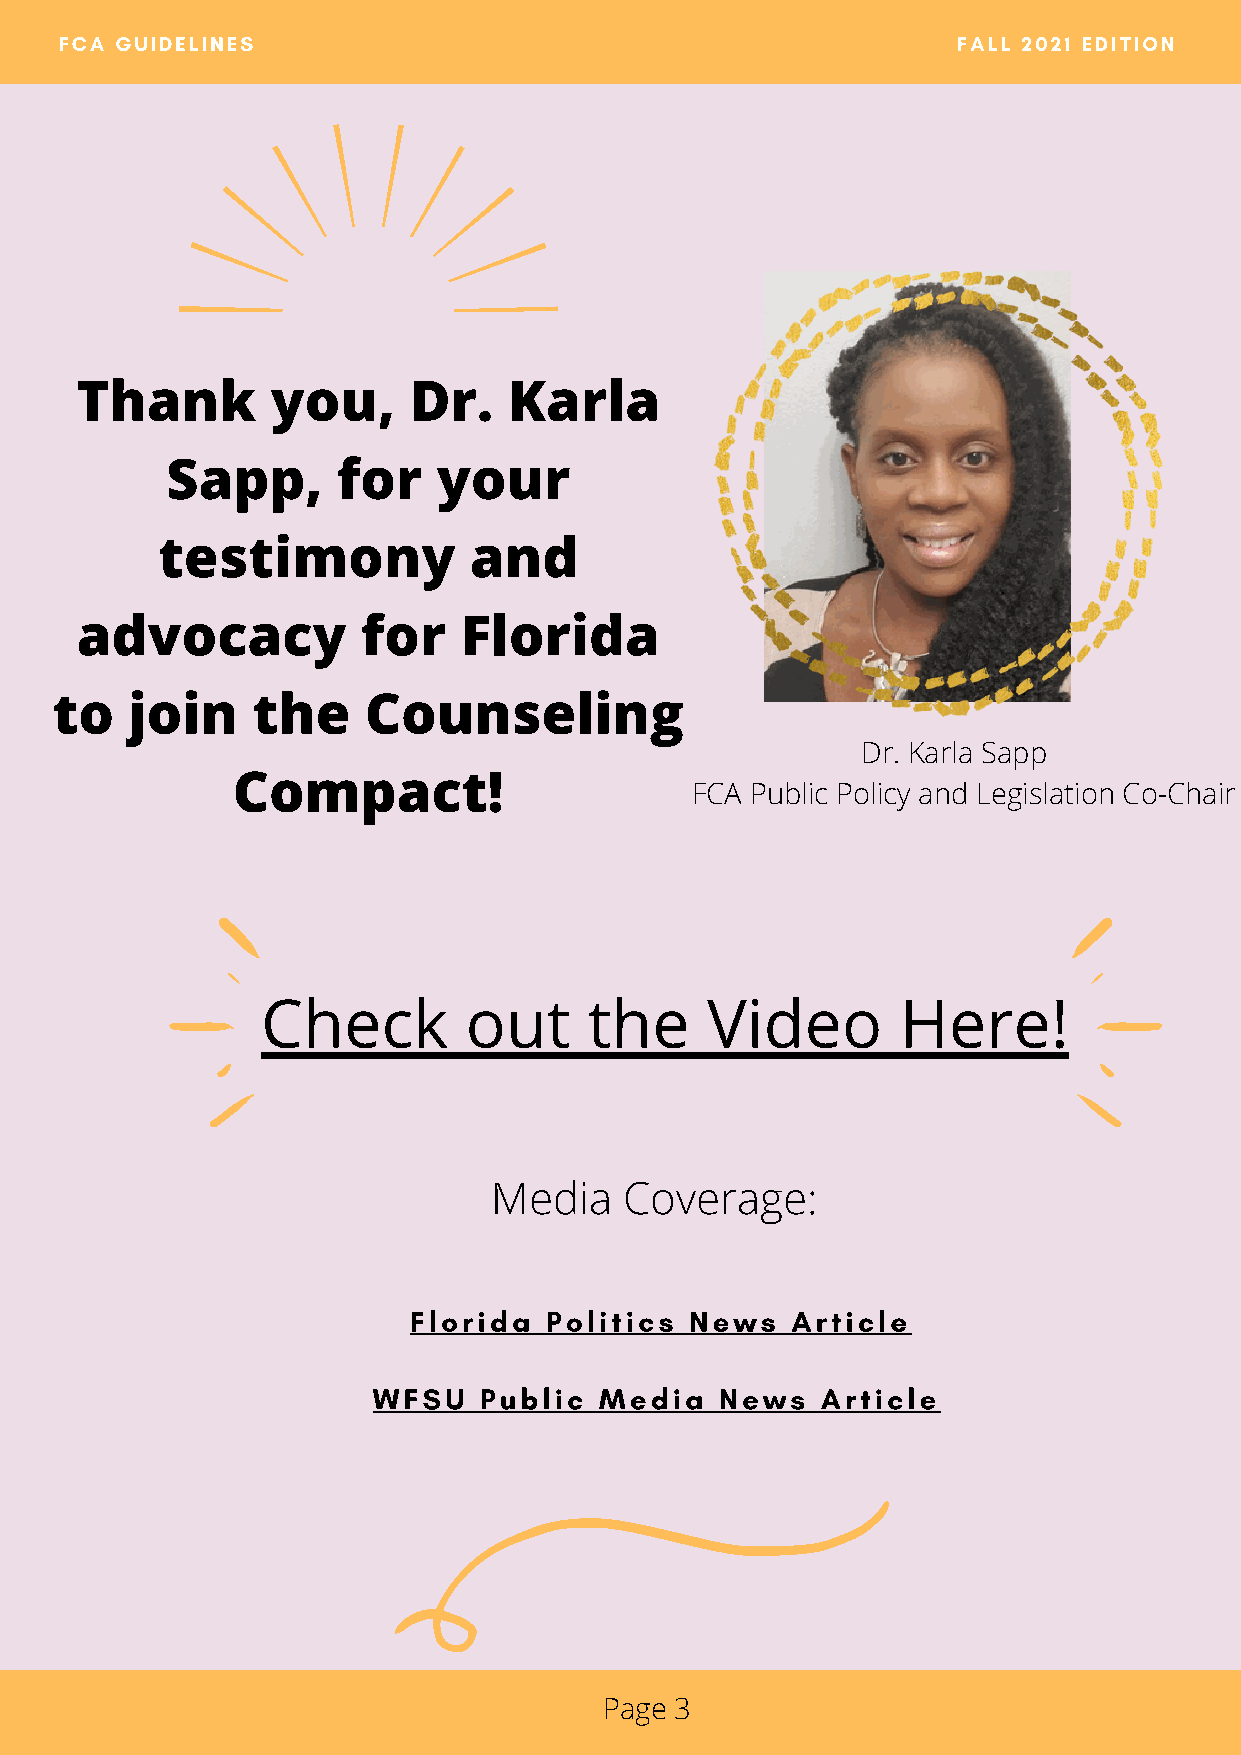
FCA GUIDELINES                                             FALL 2021 EDITION
 Thank        you,     Dr.    Karla
 Sapp,      for    your
 testimony            and
 advocacy           for   Florida
 to    join    the    Counseling
 Dr. Karla Sapp
 Compact!
 FCA Public Policy and Legislation Co-Chair
 Check         out     the     Video        Here!
 Media    Coverage:
 Florida  Politics  News  Article
 WFSU   Public  Media   News  Article
 Page 3